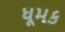
ધૂમક